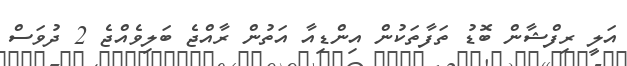
އަލީ ރިފްޝާން ބޮޑު ތަފާތަކުން އިންޑިއާ އަތުން ރާއްޖެ ބަލިވެއްޖެ 2 ދުވަސް